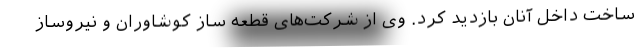
ساخت داخل آنان بازدید کرد. وی از شرکت‌های قطعه ساز کوشاوران و نیروساز